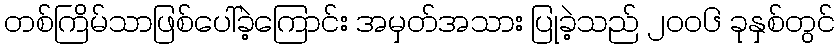
တစ်ကြိမ်သာဖြစ်ပေါ်ခဲ့ကြောင်း အမှတ်အသား ပြုခဲ့သည် ၂၀၀၆ ခုနှစ်တွင်